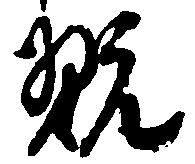
翫